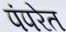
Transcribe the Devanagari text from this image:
पंपरेत